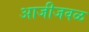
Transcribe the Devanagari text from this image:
आजीजवळ